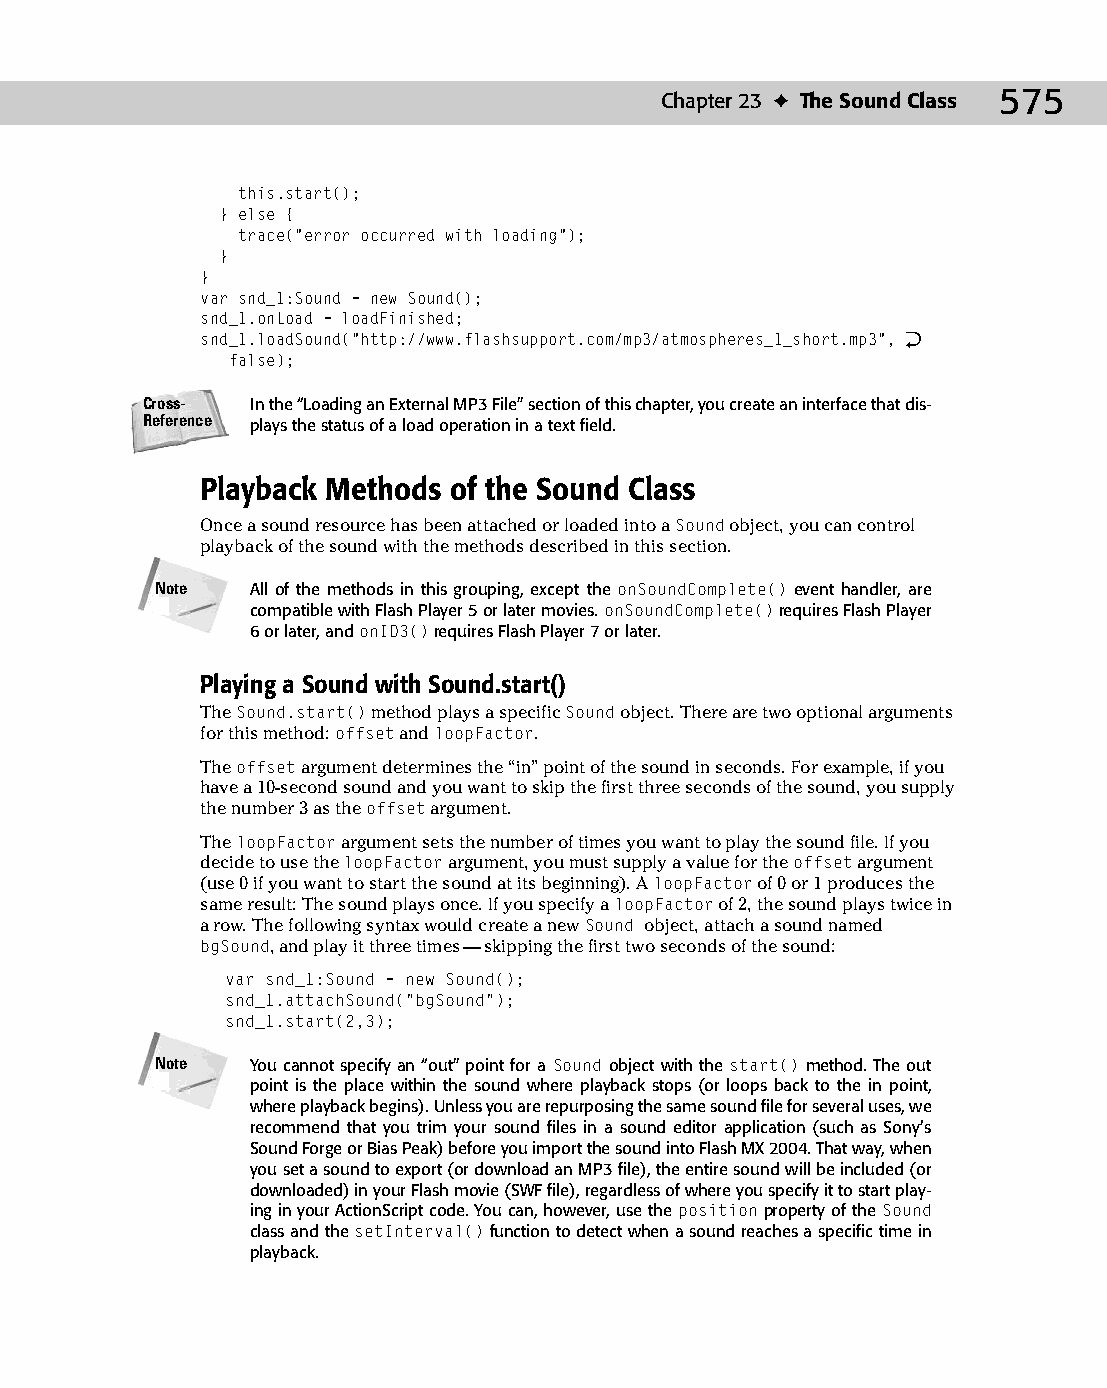
30 543547 ch23.qxd 3/24/04 4:09 PM Page 575
 Chapter 23 ✦ The Sound Class 575
 this.start();
 } else {
 trace(“error occurred with loading”);
 }
 }
 var snd_1:Sound = new Sound();
 snd_1.onLoad = loadFinished;
 snd_1.loadSound(“http://www.flashsupport.com/mp3/atmospheres_1_short.mp3”, Æ
 false);
 Cross-  In the “Loading an External MP3 File” section of this chapter, you create an interface that dis­
 Reference plays the status of a load operation in a text field.
 Playback Methods of the Sound Class
 Once a sound resource has been attached or loaded into a Sound object, you can control
 playback of the sound with the methods described in this section.
 Note   All of the methods in this grouping, except the onSoundComplete() event handler, are
 compatible with Flash Player 5 or later movies. onSoundComplete() requires Flash Player
 6 or later, and onID3() requires Flash Player 7 or later.
 Playing a Sound with Sound.start()
 The Sound.start() method plays a specific Sound object. There are two optional arguments
 for this method: offset and loopFactor.
 The offset argument determines the “in” point of the sound in seconds. For example, if you
 have a 10-second sound and you want to skip the first three seconds of the sound, you supply
 the number 3 as the offset argument.
 The loopFactor argument sets the number of times you want to play the sound file. If you
 decide to use the loopFactor argument, you must supply a value for the offset argument
 (use 0 if you want to start the sound at its beginning). A loopFactor of 0 or 1 produces the
 same result: The sound plays once. If you specify a loopFactor of 2, the sound plays twice in
 a row. The following syntax would create a new Sound object, attach a sound named
 bgSound, and play it three times — skipping the first two seconds of the sound:
 var snd_1:Sound = new Sound();
 snd_1.attachSound(“bgSound”);
 snd_1.start(2,3);
 Note   You cannot specify an “out” point for a Sound object with the start() method. The out
 point is the place within the sound where playback stops (or loops back to the in point,
 where playback begins). Unless you are repurposing the same sound file for several uses, we
 recommend that you trim your sound files in a sound editor application (such as Sony’s
 Sound Forge or Bias Peak) before you import the sound into Flash MX 2004. That way, when
 you set a sound to export (or download an MP3 file), the entire sound will be included (or
 downloaded) in your Flash movie (SWF file), regardless of where you specify it to start play­
 ing in your ActionScript code. You can, however, use the position property of the Sound
 class and the setInterval() function to detect when a sound reaches a specific time in
 playback.